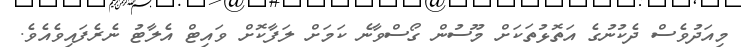
މިއަދުވެސް ދެކުނުގެ އަތޮޅުތަކަށް މޫސުން ގޯސްވާނެ ކަމަށް ލަފާކޮށް ވައިޓް އެލާޓު ނެރެފައިވެއެވެ.